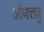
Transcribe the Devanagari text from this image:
ओणत्तल्लु